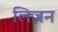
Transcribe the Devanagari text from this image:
लिज़न